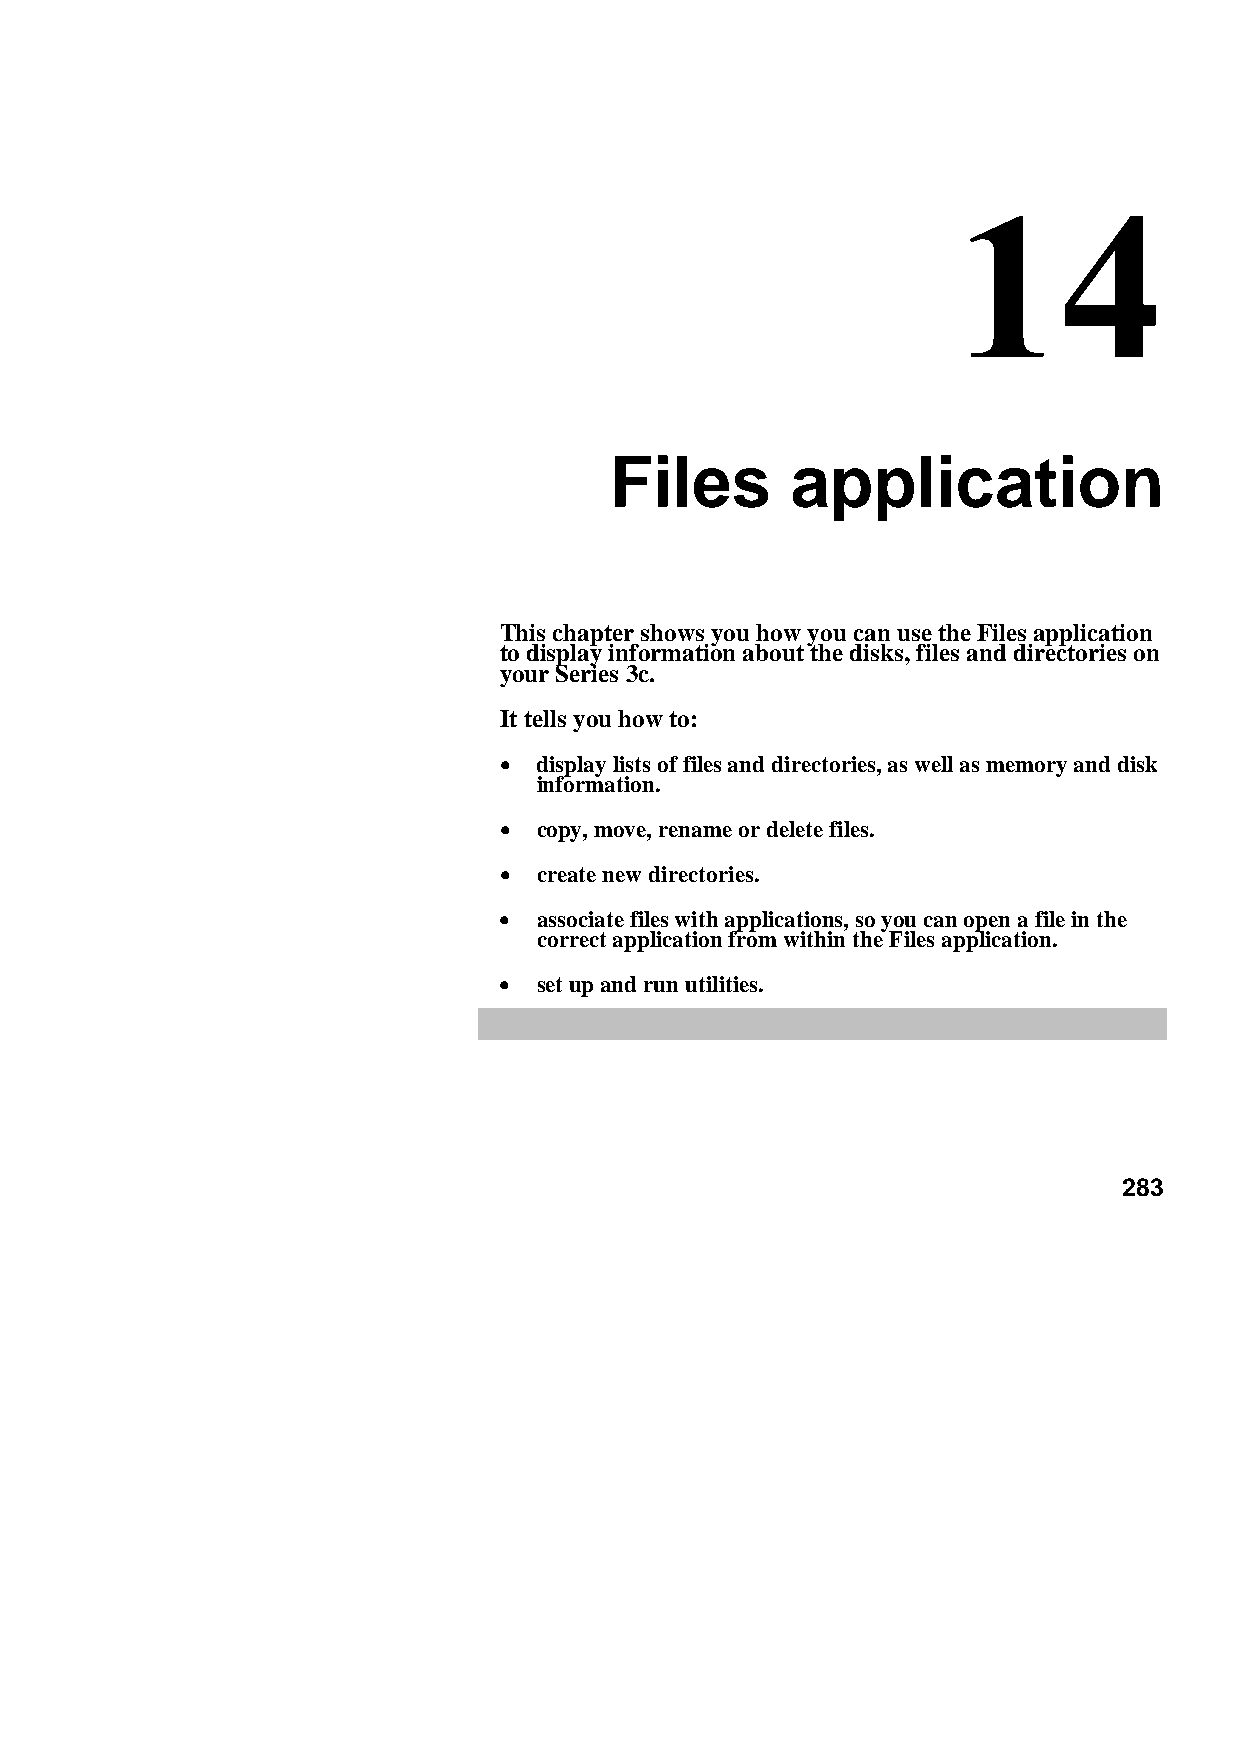
Files       application
 This chapter shows you how you can use the Files application
 to display information about the disks, files and directories on
 your Series 3c.
 It tells you how to:
 •••• display lists of files and directories, as well as memory and disk
 information.
 •  copy, move, rename or delete files.
 •  create new directories.
 •  associate files with applications, so you can open a file in the
 correct application from within the Files application.
 •  set up and run utilities.
 283